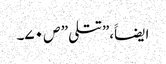
ایضاََ،”تتلی ” ص ۷۰۔